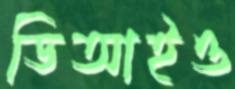
ডিআইও